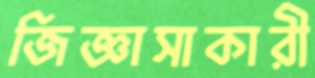
জিজ্ঞাসাকারী